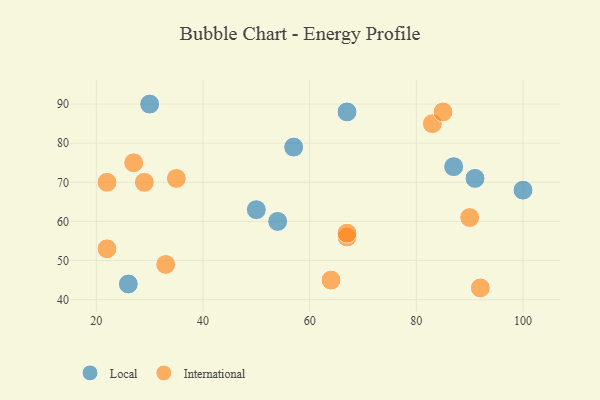
{"axis": {"x": "GDP", "y": "Life Expectancy"}, "legend": ["International", "Local"], "data": [{"x": "57", "y": 79, "type": "Local"}, {"x": "30", "y": 90, "type": "Local"}, {"x": "100", "y": 68, "type": "Local"}, {"x": "50", "y": 63, "type": "Local"}, {"x": "54", "y": 60, "type": "Local"}, {"x": "26", "y": 44, "type": "Local"}, {"x": "91", "y": 71, "type": "Local"}, {"x": "87", "y": 74, "type": "Local"}, {"x": "67", "y": 88, "type": "Local"}, {"x": "83", "y": 85, "type": "International"}, {"x": "85", "y": 88, "type": "International"}, {"x": "67", "y": 56, "type": "International"}, {"x": "22", "y": 53, "type": "International"}, {"x": "92", "y": 43, "type": "International"}, {"x": "22", "y": 70, "type": "International"}, {"x": "64", "y": 45, "type": "International"}, {"x": "67", "y": 57, "type": "International"}, {"x": "29", "y": 70, "type": "International"}, {"x": "33", "y": 49, "type": "International"}, {"x": "27", "y": 75, "type": "International"}, {"x": "35", "y": 71, "type": "International"}, {"x": "90", "y": 61, "type": "International"}]}